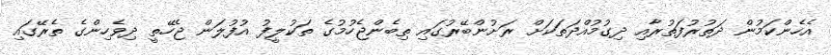
އެހެންކަމުން ދަތުރުފަތުރާއި ދިގުމުއްދަތަކަށް ރަށުންބޭރުގައި ތިބެންޖެހުމުގެ ތަކުލީފު އުފުލަން ޖެހޭތީ ދިވެހިންގެ ތެރޭގައި